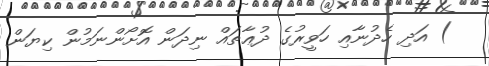
) އަދި ހެދުނާއި ހަވީރުގެ ދުޢާތައް ނިދަން އޮށޯންނަމުން ކިޔަން